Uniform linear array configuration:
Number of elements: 32
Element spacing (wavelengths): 0.5
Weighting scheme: kaiser
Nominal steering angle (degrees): -30
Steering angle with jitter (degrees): -29.636
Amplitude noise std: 0.05
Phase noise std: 0.05

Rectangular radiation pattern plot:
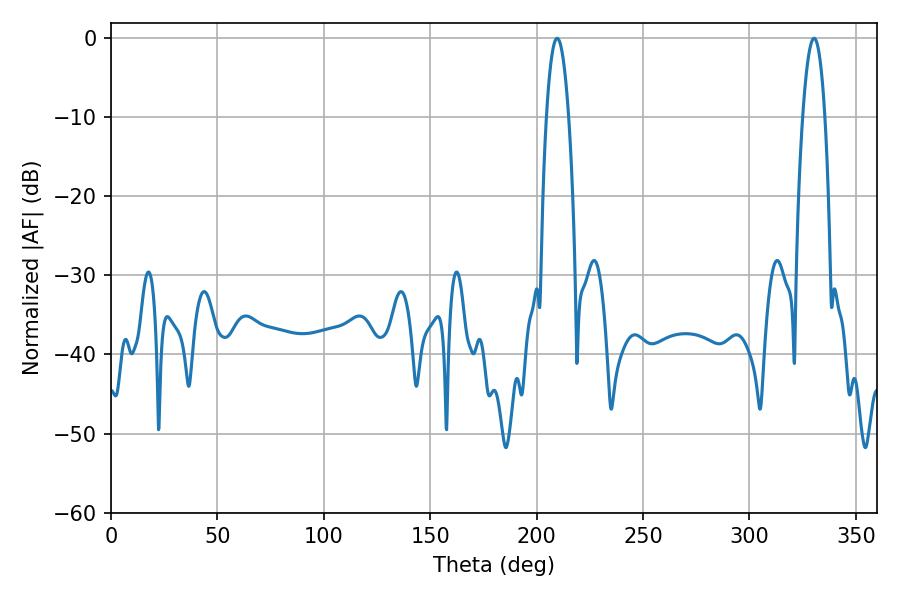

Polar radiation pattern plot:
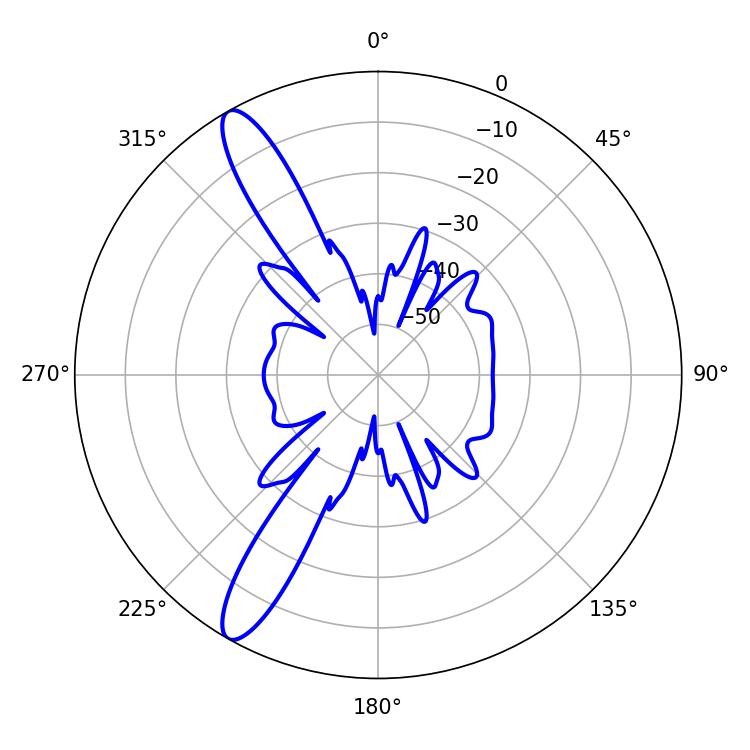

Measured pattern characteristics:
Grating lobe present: FALSE
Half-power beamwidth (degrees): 5.76
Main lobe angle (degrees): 330.3